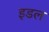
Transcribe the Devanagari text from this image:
इडल